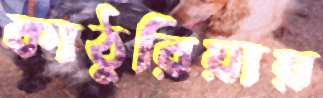
কাঠুরিয়ায়